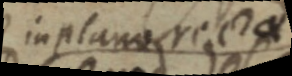
in plano rectae